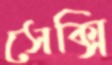
সেক্সি